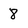
Character: 8